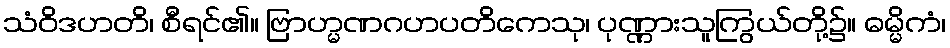
သံဝိဒဟတိ၊ စီရင်၏။ ဗြာဟ္မဏဂဟပတိကေသု၊ ပုဏ္ဏားသူကြွယ်တို့၌။ ဓမ္မိကံ၊